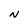
Character: N